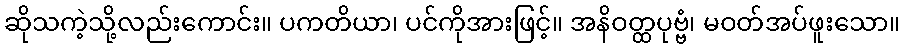
ဆိုသကဲ့သို့လည်းကောင်း။ ပကတိယာ၊ ပင်ကိုအားဖြင့်။ အနိဝတ္ထပုဗ္ဗံ၊ မဝတ်အပ်ဖူးသော။